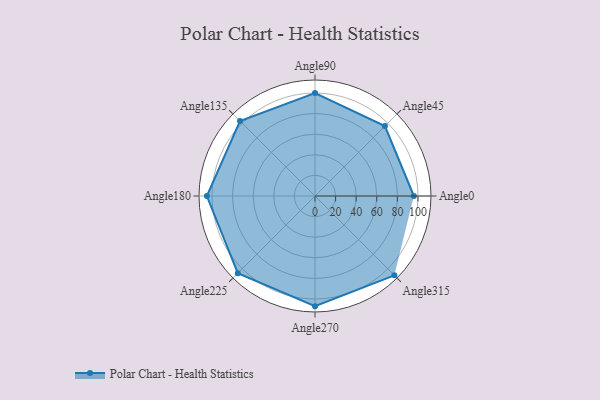
{"axis": {"x": "Angle", "y": "Radius"}, "legend": [""], "data": [{"x": "Angle0", "y": 96.0, "type": ""}, {"x": "Angle45", "y": 96.0, "type": ""}, {"x": "Angle90", "y": 100.0, "type": ""}, {"x": "Angle135", "y": 103.0, "type": ""}, {"x": "Angle180", "y": 105.0, "type": ""}, {"x": "Angle225", "y": 106.0, "type": ""}, {"x": "Angle270", "y": 107.0, "type": ""}, {"x": "Angle315", "y": 109.0, "type": ""}]}